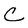
Character: C